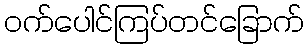
ဝက်ပေါင်ကြပ်တင်ခြောက်